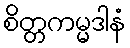
စိတ္တကမ္မဒါနံ